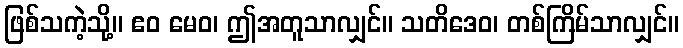
ဖြစ်သကဲ့သို့။ ဧဝ မေဝ၊ ဤအတူသာလျှင်။ သတိဒေဝ၊ တစ်ကြိမ်သာလျှင်။